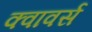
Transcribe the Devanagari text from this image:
क्वावर्स